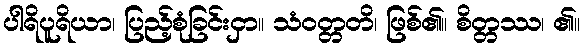
ပါရိပူရိယာ၊ ပြည့်စုံခြင်းငှာ။ သံဝတ္တတိ၊ ဖြစ်၏။ စိတ္တဿ၊ ၏။